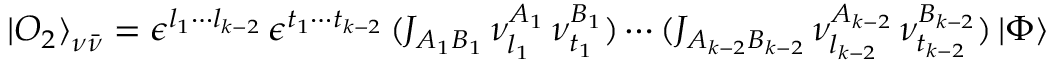
{ \vert O _ { 2 } \rangle } _ { \nu \bar { \nu } } = \epsilon ^ { l _ { 1 } \cdots l _ { k - 2 } } \, \epsilon ^ { t _ { 1 } \cdots t _ { k - 2 } } \, ( J _ { A _ { 1 } B _ { 1 } } \, \nu _ { l _ { 1 } } ^ { A _ { 1 } } \, \nu _ { t _ { 1 } } ^ { B _ { 1 } } ) \cdots ( J _ { A _ { k - 2 } B _ { k - 2 } } \, \nu _ { l _ { k - 2 } } ^ { A _ { k - 2 } } \, \nu _ { t _ { k - 2 } } ^ { B _ { k - 2 } } ) \, \vert \Phi \rangle